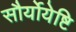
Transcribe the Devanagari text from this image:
सौर्योयेष्टि